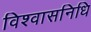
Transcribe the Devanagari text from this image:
विश्वासनिधि